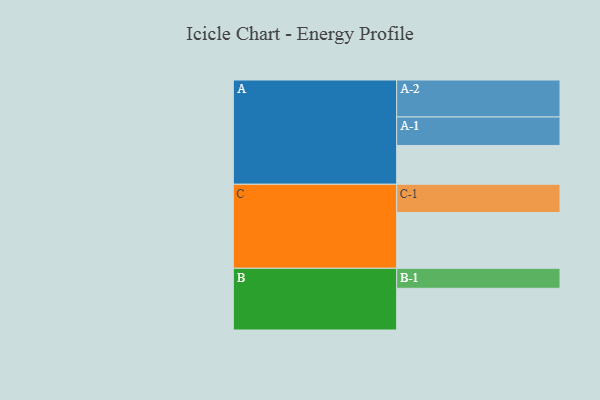
{"axis": {"x": "Segment", "y": "Value"}, "legend": ["", "A", "B", "C"], "data": [{"x": "A", "y": 311, "type": ""}, {"x": "B", "y": 334, "type": ""}, {"x": "C", "y": 447, "type": ""}, {"x": "A-1", "y": 228, "type": "A"}, {"x": "A-2", "y": 296, "type": "A"}, {"x": "B-1", "y": 160, "type": "B"}, {"x": "C-1", "y": 226, "type": "C"}]}